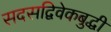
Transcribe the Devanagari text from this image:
सदसद्विवेकबुद्धी